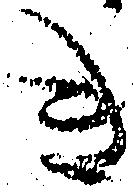
き